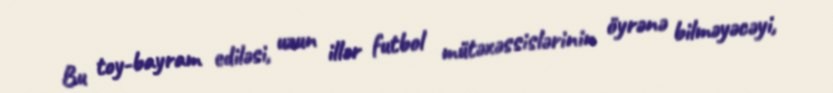
Bu toy-bayram ediləsi, uzun illər futbol mütəxəssislərinin öyrənə bilməyəcəyi,